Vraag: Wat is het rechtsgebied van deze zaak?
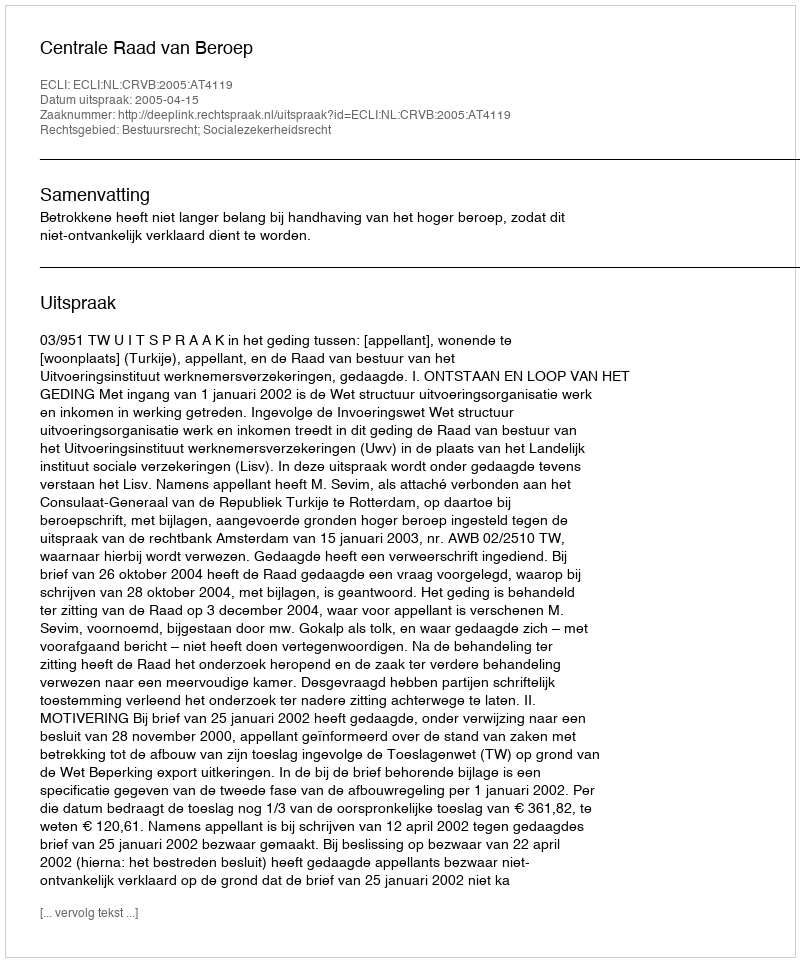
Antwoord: Bestuursrecht; Socialezekerheidsrecht